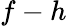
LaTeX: f-h